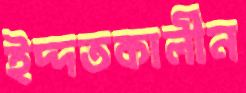
ইদ্দতকালীন